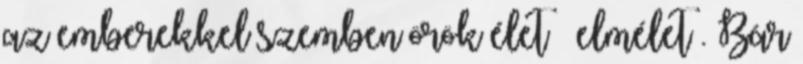
az emberekkel szemben örök élet – elmélet . Bár